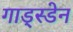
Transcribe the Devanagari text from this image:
गाड्स्डेन